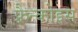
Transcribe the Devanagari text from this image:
फ़्रैन्कोइस